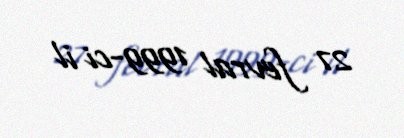
27 fevral 1999-ci il